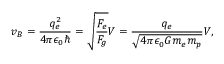
v _ { B } = \frac { q _ { e } ^ { 2 } } { 4 \pi \epsilon _ { 0 } \hbar } = \sqrt { \frac { F _ { e } } { F _ { g } } } V = \frac { q _ { e } } { \sqrt { 4 \pi \epsilon _ { 0 } G m _ { e } m _ { p } } } V ,